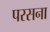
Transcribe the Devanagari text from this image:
परसना